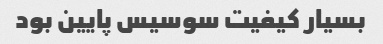
بسیار کیفیت سوسیس پایین بود